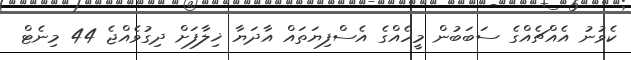
ކެވުނު އެއްޗެއްގެ ސަބަބުން މީހެއްގެ އެސްފިޔަތައް އާދަޔާ ޚިލާފަށް ދިގުވެއްޖެ 44 މިނެޓް